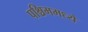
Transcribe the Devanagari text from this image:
पश्चिममध्ये